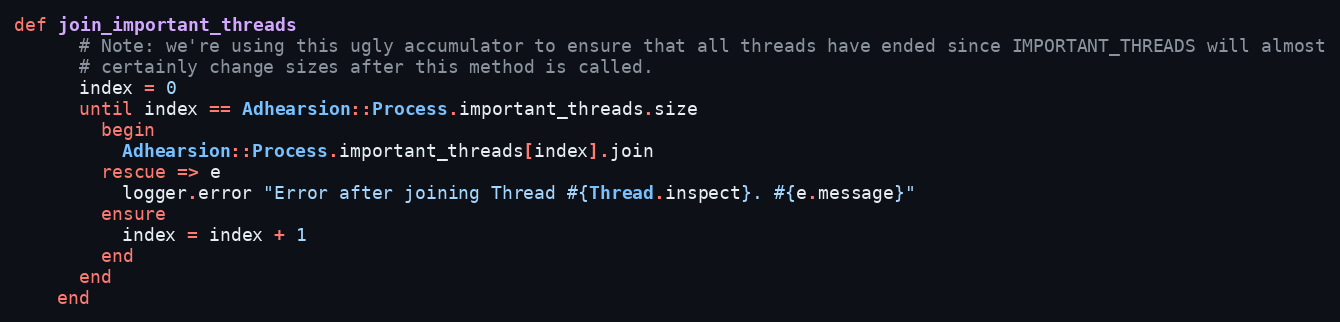
Language: Ruby
def join_important_threads
      # Note: we're using this ugly accumulator to ensure that all threads have ended since IMPORTANT_THREADS will almost
      # certainly change sizes after this method is called.
      index = 0
      until index == Adhearsion::Process.important_threads.size
        begin
          Adhearsion::Process.important_threads[index].join
        rescue => e
          logger.error "Error after joining Thread #{Thread.inspect}. #{e.message}"
        ensure
          index = index + 1
        end
      end
    end